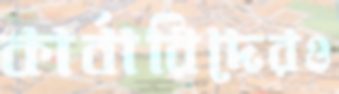
কার্বারিদেরও